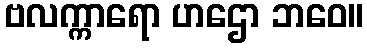
ဗလက္ကာရော ဟဌော ဘဝေ။